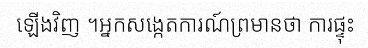
ឡើងវិញ ។អ្នកសង្កេតការណ៍ព្រមានថា ការផ្ទុះ